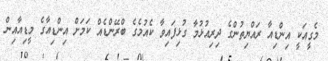
މެގީއަކީ އިންޑިއާ ރައްޔިތުންގެ ދިރިއުޅުމާ ގުޅިފައިވާ ކެއުމެގެ ބްރޭންޑެއް ކަމަށް އިންޑިއާގެ މީޑިއާއިން